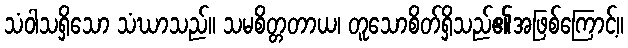
သံဝါသရှိသော သံဃာသည်။ သမစိတ္တတာယ၊ တူသောစိတ်ရှိသည်၏အဖြစ်ကြောင့်။